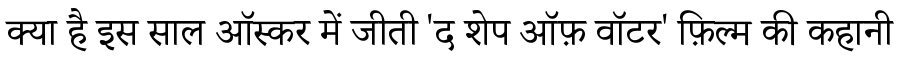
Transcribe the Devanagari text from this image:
क्या है इस साल ऑस्कर में जीती 'द शेप ऑफ़ वॉटर' फ़िल्म की कहानी